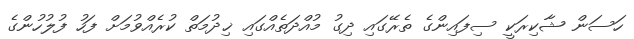
ހަސަން ޝާކިރަކީ ސިފައިންގެ ތެރޭގައި ދިގު މުއްދަތެއްގައި ޚިދުމަތް ކުރެއްވުމަށް ފަހު ފުލުހުންގެ